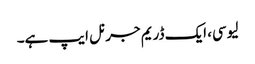
لیوسی، ایک ڈریم جرنل ایپ ہے۔